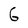
Character: 6